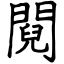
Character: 䦧